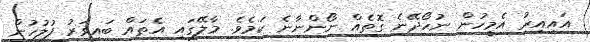
އައިއިރު އެމީހުން ނުހޯދޭނެ ގޮތެއް ނޯންނާނެ ކަމެވެ. މާލޭގައި އެތައް ބައިވަރު ފުލުހުން